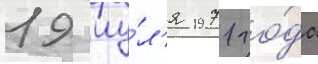
19 иу́л'я 1971 го́да